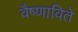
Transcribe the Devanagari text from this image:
वैष्णाविते